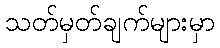
သတ်မှတ်ချက်များမှာ